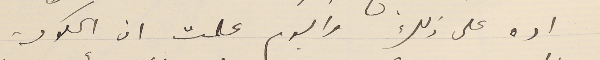
اده على ذلك واليوم علمت ان الحكومة